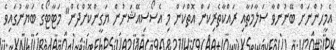
އެމީހުންނަށް ބޭނުންވާ ސަލާމަތާއި ރައްކާތެރިކަން އޮތްކަން މި އެސޯސިއޭޝަނުން ޔަގީންކޮށްދެން" މަޓާޓޯގެ ބަޔާނުގައިވެ